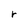
Character: r